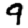
Digit: 9